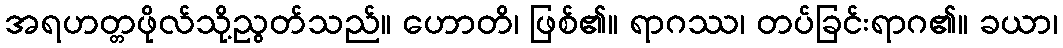
အရဟတ္တဖိုလ်သို့ညွတ်သည်။ ဟောတိ၊ ဖြစ်၏။ ရာဂဿ၊ တပ်ခြင်းရာဂ၏။ ခယာ၊